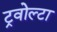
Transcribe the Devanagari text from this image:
ट्रवोल्टा